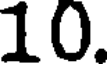
10.